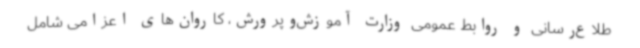
طلاع‌رسانی و روابط عمومی وزارت آموزش‌وپرورش، کاروان‌های اعزامی شامل